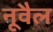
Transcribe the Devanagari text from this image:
नूवैल